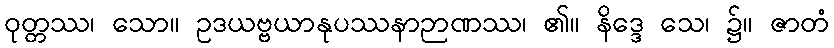
ဝုတ္တဿ၊ သော။ ဥဒယဗ္ဗယာနုပဿနာဉာဏဿ၊ ၏။ နိဒ္ဒေ သေ၊ ၌။ ဇာတံ